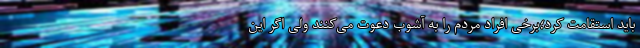
باید استقامت کرد؛برخی افراد مردم را به آشوب دعوت می‌کنند ولی اگر این